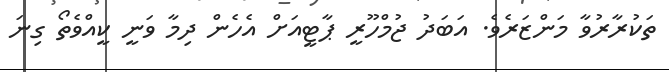
ތަކުރާރުވާ މަންޒަރެވެ. އަބަދު ޖުމްހޫރީ ޕާޓީއަށް އެހެން ދިމާ ވަނީ ކީއްވެތޯ ގިނަ